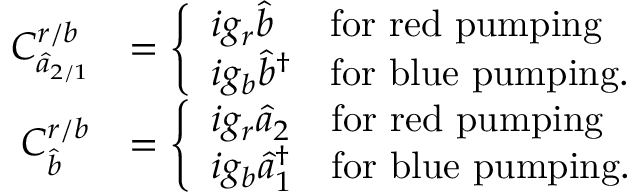
\begin{array} { r l } { C _ { \hat { a } _ { 2 / 1 } } ^ { r / b } } & { = \left\{ \begin{array} { l l } { i g _ { r } \hat { b } } & { \mathrm { f o r ~ r e d ~ p u m p i n g } } \\ { i g _ { b } \hat { b } ^ { \dagger } } & { \mathrm { f o r ~ b l u e ~ p u m p i n g . } } \end{array} \right. } \\ { C _ { \hat { b } } ^ { r / b } } & { = \left\{ \begin{array} { l l } { i g _ { r } \hat { a } _ { 2 } } & { \mathrm { f o r ~ r e d ~ p u m p i n g } } \\ { i g _ { b } \hat { a } _ { 1 } ^ { \dagger } } & { \mathrm { f o r ~ b l u e ~ p u m p i n g . } } \end{array} \right. } \end{array}